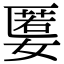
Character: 𡠷